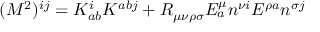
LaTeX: ( M ^ { 2 } ) ^ { i j } = K _ { a b } ^ { i } K ^ { a b j } + R _ { \mu \nu \rho \sigma } E _ { a } ^ { \mu } n ^ { \nu i } E ^ { \rho a } n ^ { \sigma j }